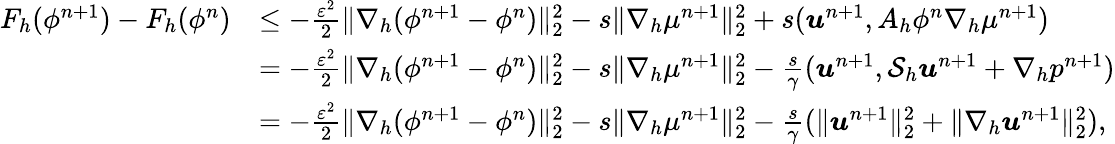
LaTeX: \begin{array}{rl}{F_{h}(\phi^{n+1})-F_{h}(\phi^{n})}&{\leq-\frac{\varepsilon^{2}}{2}\| \nabla_{h}(\phi^{n+1}-\phi^{n})\| _{2}^{2}-s\| \nabla_{h}\mu^{n+1}\| _{2}^{2}+s(\boldsymbol{u}^{n+1},A_{h}\phi^{n}\nabla_{h}\mu^{n+1})}\\ &{=-\frac{\varepsilon^{2}}{2}\| \nabla_{h}(\phi^{n+1}-\phi^{n})\| _{2}^{2}-s\| \nabla_{h}\mu^{n+1}\| _{2}^{2}-\frac{s}{\gamma}(\boldsymbol{u}^{n+1},{\cal S}_{h}\boldsymbol{u}^{n+1}+\nabla_{h}p^{n+1})}\\ &{=-\frac{\varepsilon^{2}}{2}\| \nabla_{h}(\phi^{n+1}-\phi^{n})\| _{2}^{2}-s\| \nabla_{h}\mu^{n+1}\| _{2}^{2}-\frac{s}{\gamma}(\| \boldsymbol{u}^{n+1}\| _{2}^{2}+\| \nabla_{h}\boldsymbol{u}^{n+1}\| _{2}^{2}),}\end{array}